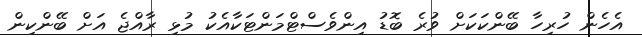
އެހެން ހުރިހާ ބޭންކަކަށް ވުރެ ބޮޑު އިންވެސްޓްމަންޓަކާއެކު މުޅި ރާއްޖެ އަށް ބޭންކިން